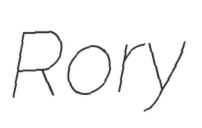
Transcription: Rory